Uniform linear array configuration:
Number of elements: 24
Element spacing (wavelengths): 0.5
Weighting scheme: exponential
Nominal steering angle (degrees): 0
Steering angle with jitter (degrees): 1.88
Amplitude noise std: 0.05
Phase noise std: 0.05

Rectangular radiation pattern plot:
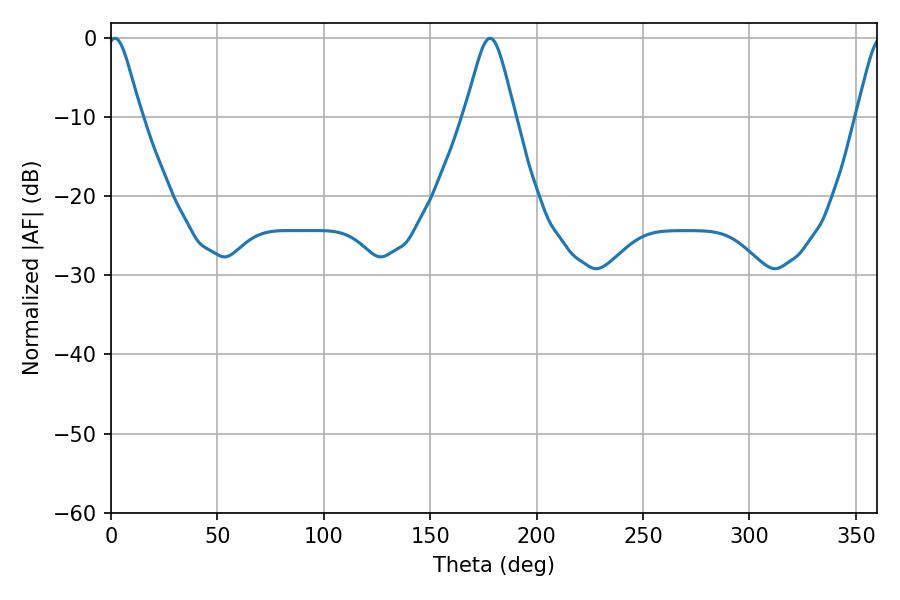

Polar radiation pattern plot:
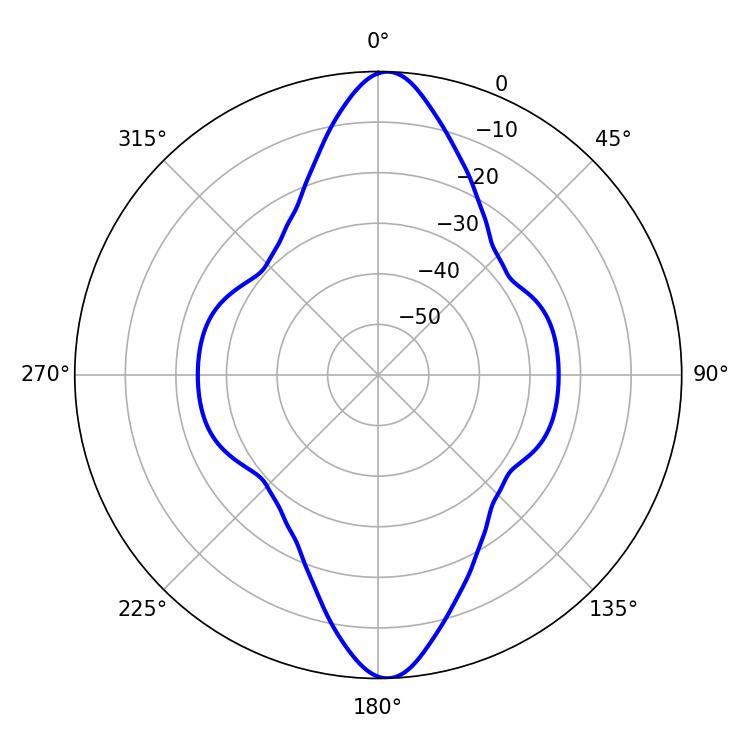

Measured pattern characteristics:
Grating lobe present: FALSE
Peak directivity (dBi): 20.085
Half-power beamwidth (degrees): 7.56
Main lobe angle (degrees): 1.8